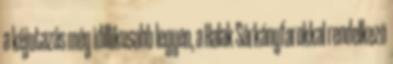
a kéjutazás még idillikusabb legyen, a Halak Sárkányfarokkal rendelkezõ